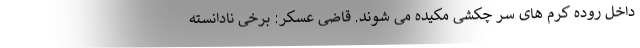
داخل روده کرم های سر چکشی مکیده می شوند. قاضی عسکر: برخی نادانسته